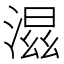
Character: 𣺝